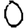
Digit: 0